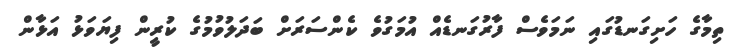
ތިމާގެ ހަށިގަނޑުގައި ނަމަވެސް ފާރުގަނޑެއް އުމަގުވެ ކެންސަރަށް ބަދަލުވުމުގެ ކުރީން ފިޔަވަޅު އަޅާން